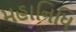
મહાનિધિ